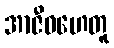
အာဇီဝဟေတူ